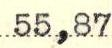
55,87